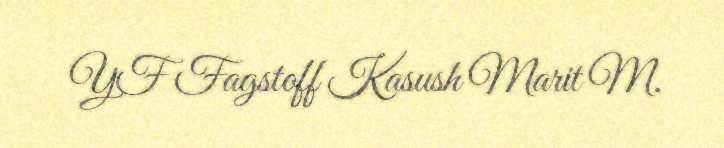
YF Fagstoff Kasush Marit M.